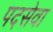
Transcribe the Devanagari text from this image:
पदसेवा